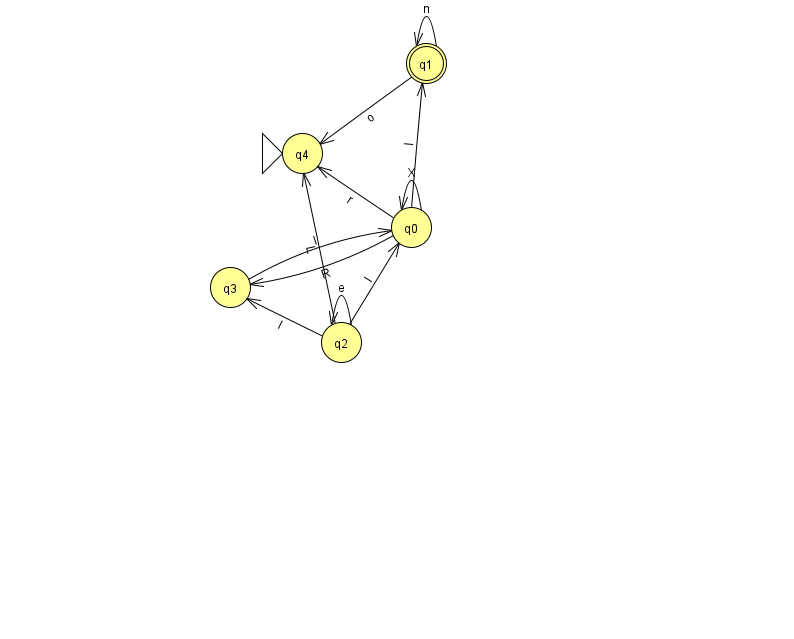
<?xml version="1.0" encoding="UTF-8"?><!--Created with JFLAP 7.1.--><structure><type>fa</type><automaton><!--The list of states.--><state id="0" name="q0"><x>411.0</x><y>214.0</y></state><state id="1" name="q1"><x>426.0</x><y>50.0</y><final/></state><state id="2" name="q2"><x>341.0</x><y>329.0</y></state><state id="3" name="q3"><x>230.0</x><y>274.0</y></state><state id="4" name="q4"><x>302.0</x><y>140.0</y><initial/></state><!--The list of transitions.--><transition><from>2</from><to>4</to><read>L</read></transition><transition><from>2</from><to>2</to><read>e</read></transition><transition><from>0</from><to>4</to><read>r</read></transition><transition><from>2</from><to>0</to><read>l</read></transition><transition><from>2</from><to>3</to><read>I</read></transition><transition><from>0</from><to>3</to><read>R</read></transition><transition><from>0</from><to>0</to><read>X</read></transition><transition><from>3</from><to>0</to><read>l</read></transition><transition><from>1</from><to>4</to><read>o</read></transition><transition><from>1</from><to>1</to><read>n</read></transition><transition><from>0</from><to>1</to><read>I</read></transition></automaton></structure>